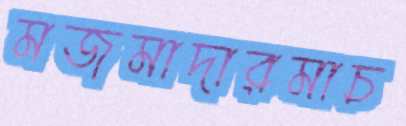
মজমাদারমাচ